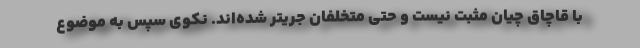
با قاچاق چیان مثبت نیست و حتی متخلفان جریتر شده‌اند. نکوی سپس به موضوع